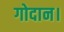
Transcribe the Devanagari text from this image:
गोदान।